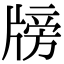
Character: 牓